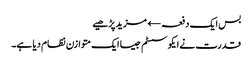
بس ایک دفعہ← مزید پڑھیے
قدرت نے ایکو سسٹم جیسا ایک متوازن نظام دیا ہے۔